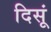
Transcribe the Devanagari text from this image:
दिसूं